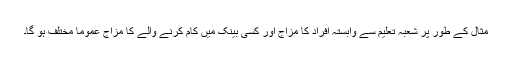
مثال کے طور پر شعبہ تعلیم سے وابستہ افراد کا مزاج اور کسی بینک میں کام کرنے والے کا مزاج عموماً مختلف ہو گا۔